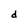
Character: d